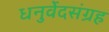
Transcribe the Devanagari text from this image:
धनुर्वेदसंग्रह